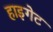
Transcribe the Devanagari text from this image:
हाइगेट